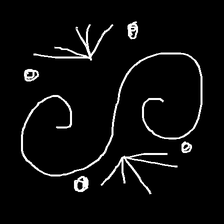
Glyph: aeroform